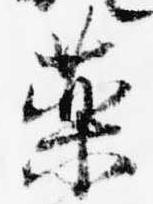
薬